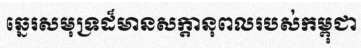
ឆ្នេរសមុទ្រដ៏មានសក្តានុពលរបស់កម្ពុជា